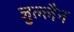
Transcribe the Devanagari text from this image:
जुल्लैन